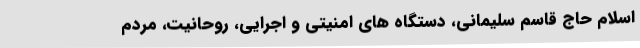
اسلام حاج قاسم سلیمانی، دستگاه های امنیتی و اجرایی، روحانیت، مردم